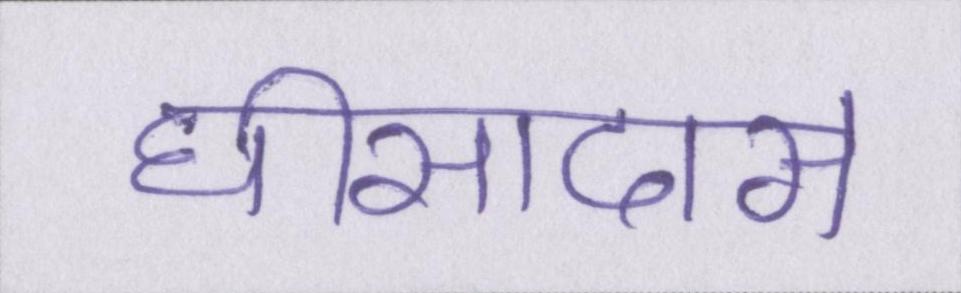
घीसादास